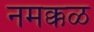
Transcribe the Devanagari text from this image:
नमक्कळ